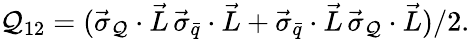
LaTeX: \mathcal{Q}_{12}=(\vec{{\sigma}}_{\mathcal{Q}}\cdot\vec{{L}}\, \vec{{\sigma}}_{\bar{{q}}}\cdot\vec{{L}}+\vec{{\sigma}}_{\bar{{q}}}\cdot\vec{{L}}\, \vec{{\sigma}}_{\mathcal{Q}}\cdot\vec{{L}})/2.